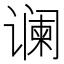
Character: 谰